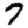
Digit: 7